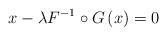
LaTeX: \begin{align*}x-\lambda F^{-1}\circ G\left( x\right) =0 \end{align*}